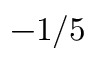
- 1 / 5